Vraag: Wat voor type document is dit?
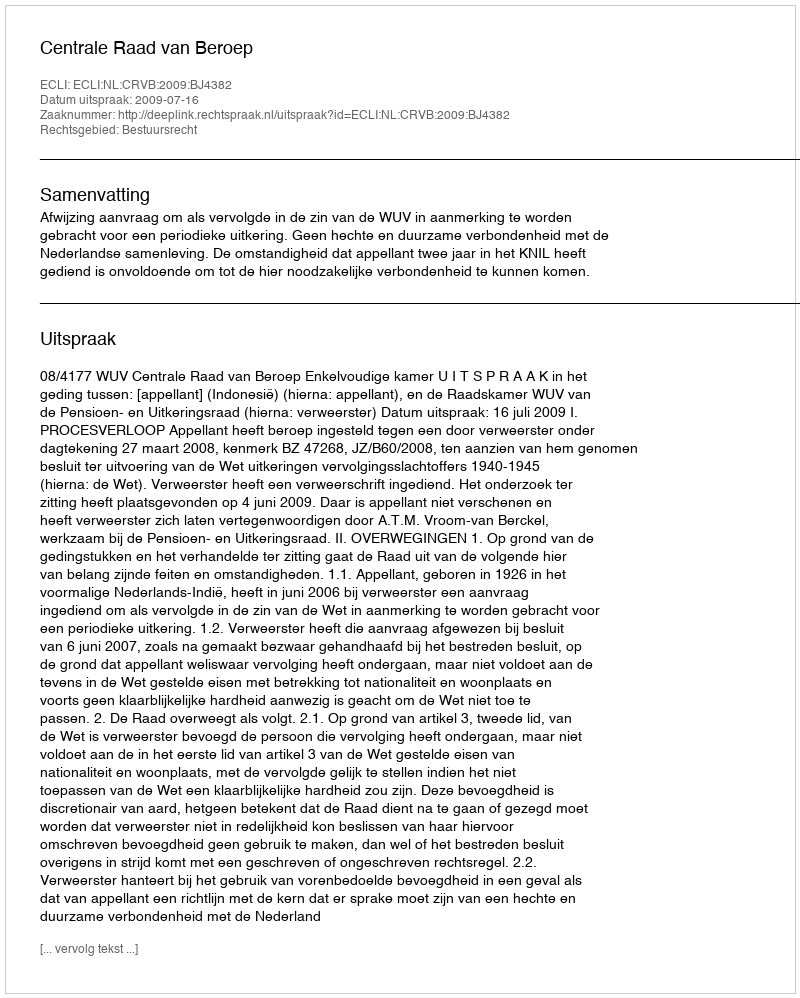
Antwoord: Uitspraak